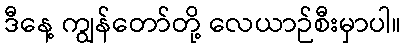
ဒီနေ့ ကျွန်တော်တို့ လေယာဉ်စီးမှာပါ။